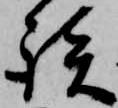
談